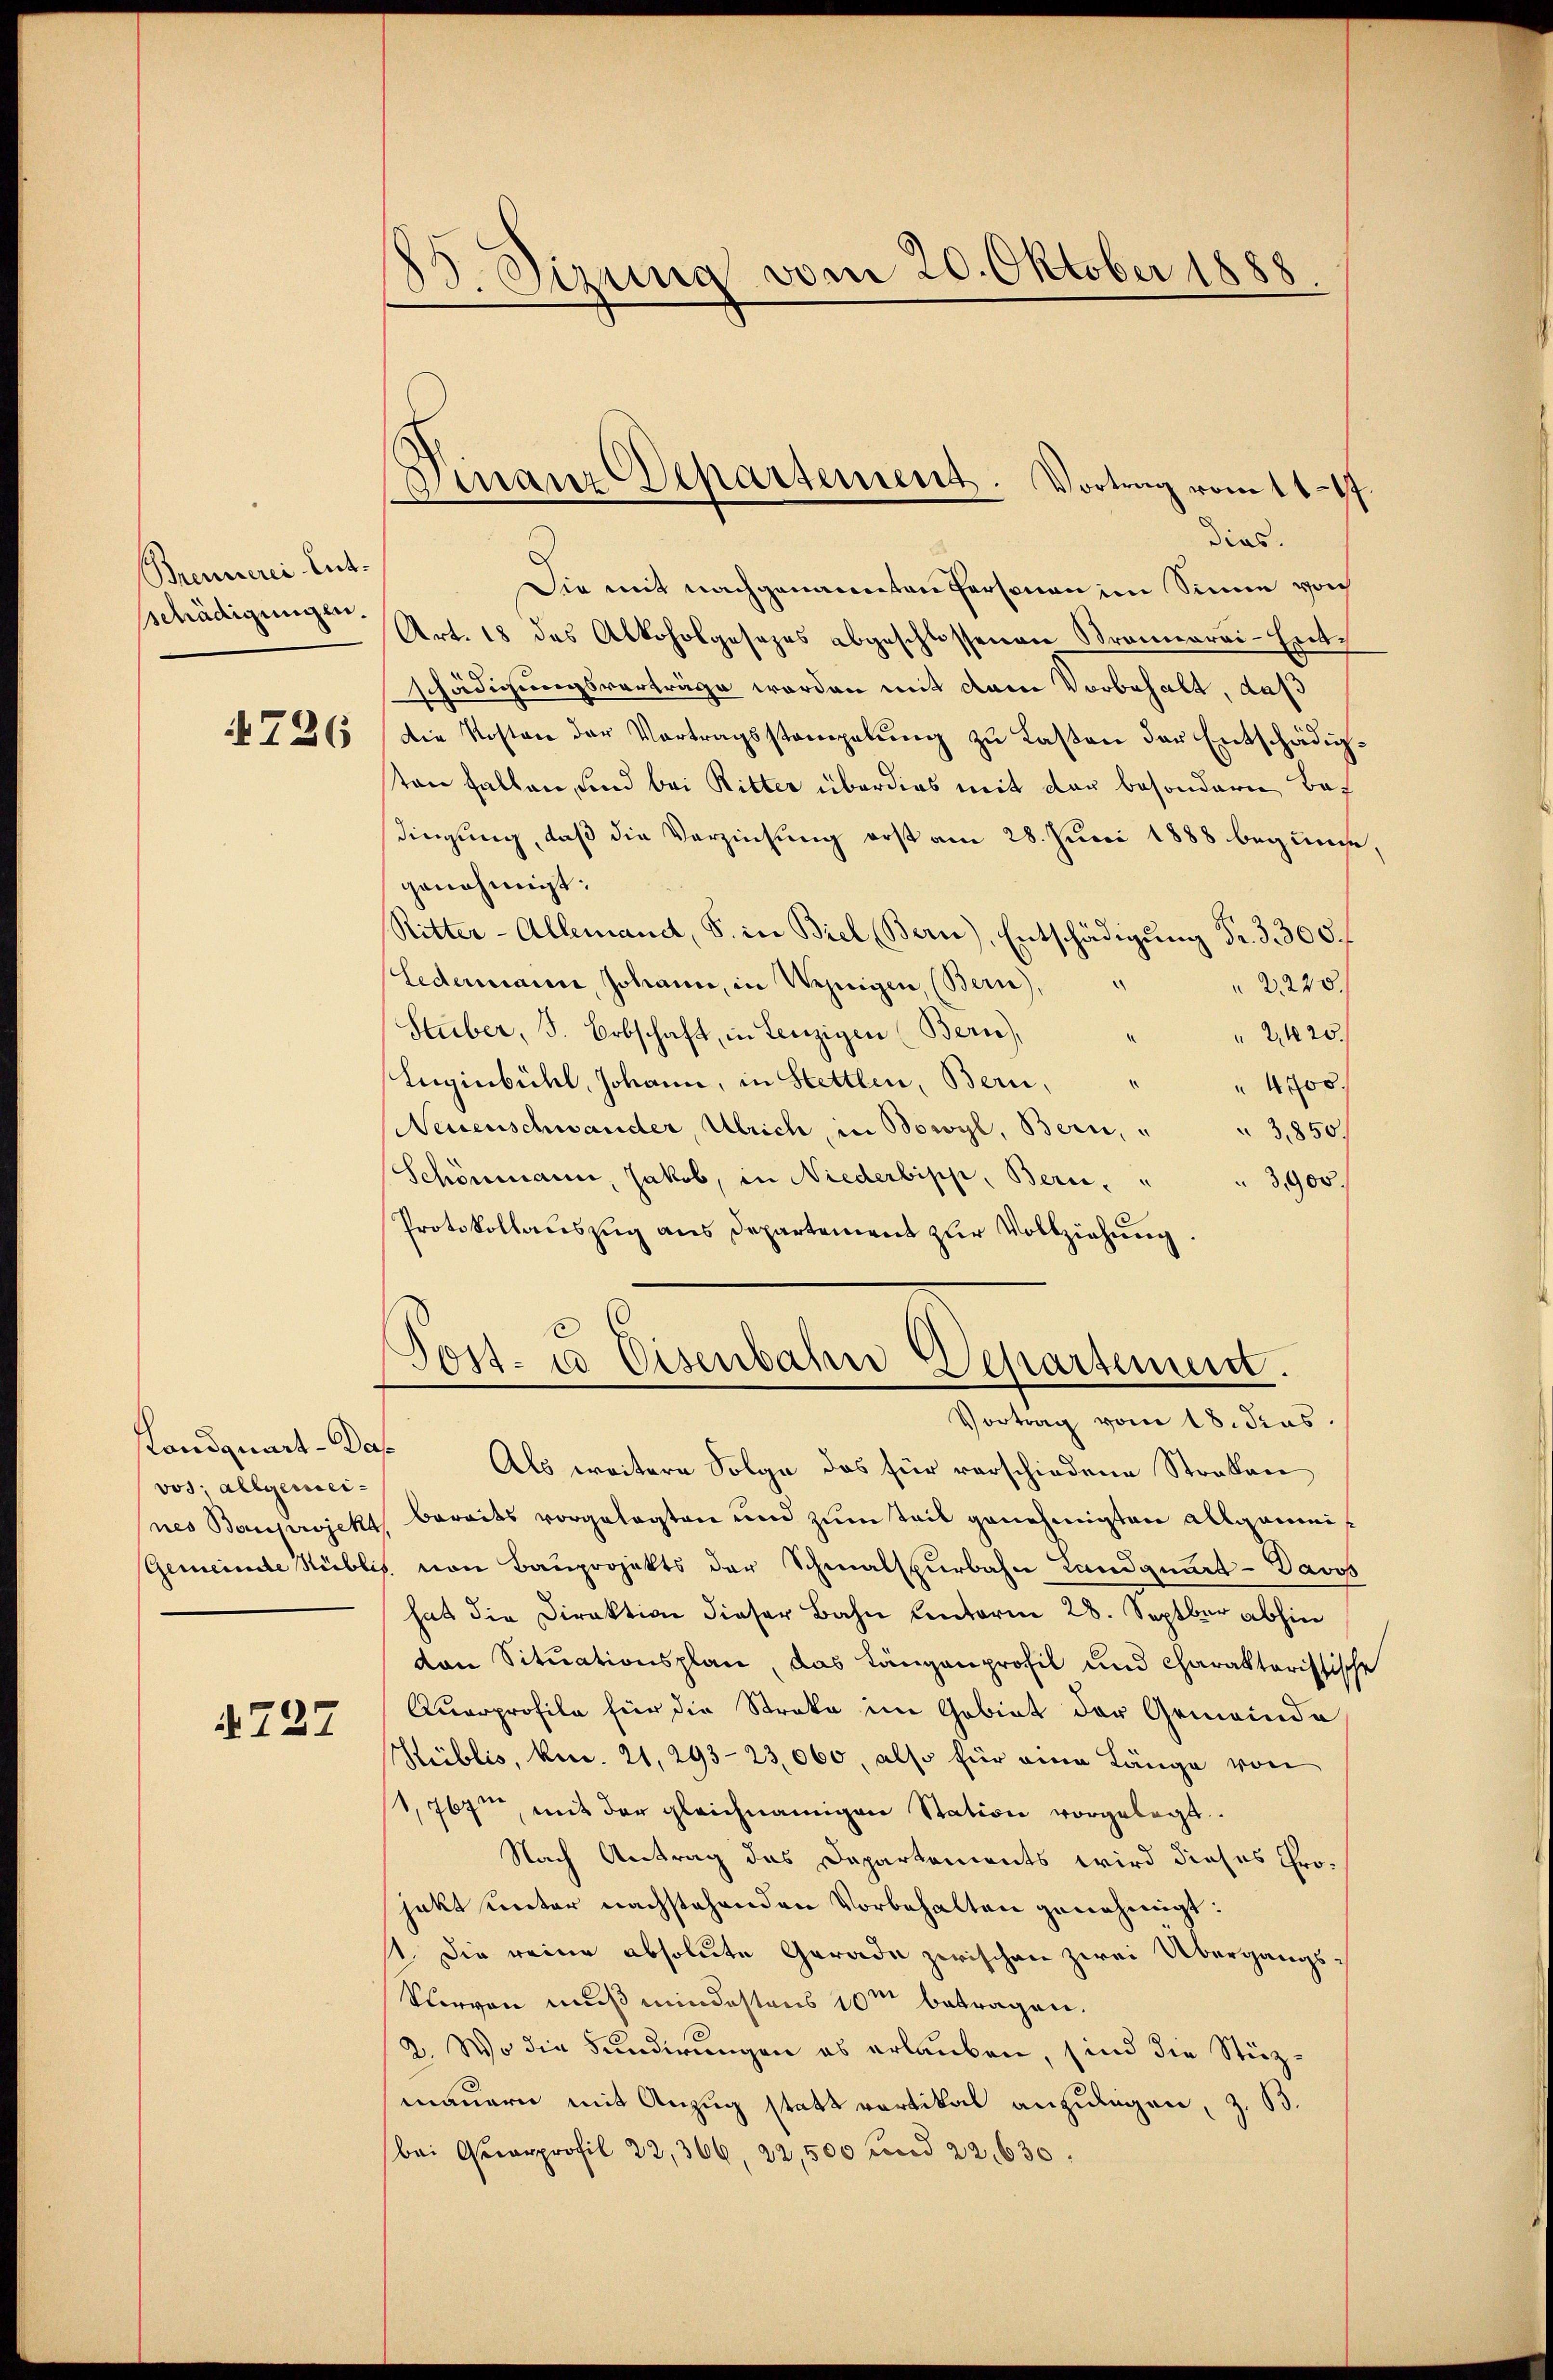
Brennerei Entschädigungen.

4726

Kandquart - Das
vos; allgemei¬

737

83. Sizung vom 20. Oktober 1888.

dias.
Die mit nachgenomenten Personen im Sinne von
Art. 18 des Alkoholgesezes abgeschlossenen Strannerei-Exec
schädigungsvorträge worden mit dem Vorbehalt, daß
Die Kosten der Vortragsstampelung zu Lasten der Entschädigten fallen, sind bei Ritter überdies mit der besondere Bef
dingung, daß die Verzinsung erst am 28. Juni 1888 beginne,
genehmigt:
Ritter-Allemandt, S. in Biel (Bern), Entschädigung Fr. 3. 305 f
Ledermann, Johann, in Wenigen, (Bern),
2220.
Stuber, J. Erbschaft, in Lenzigen (Bern) " " 2420.
Eugenbühl, Johann, in Stettlen, Bern,
4 x
Neuenschwander, Ulrich, in Bowyl, Bern, " " 3,850.
Schönmann, Jakob, in Niederbipp, Bern, " " 3,900.
Protokollauszug aus Departement zur Vollziehung
.
Post- u Eisenbahn Departement.
.
Vortrag vom 18. dies
Als weitere Folge das für verschiedene Straban
nes Bauprojekt, bereits vorgelegten und zum Teil genehmigten allgaunis
Gemeinde Rüblis. von Bauprojekts der Schmalspurbahn Landgunt-Davos
hat die Direktion dieser Bahn Centerm 28. Septbr abhin
von Situationsplan, das Längenprofil und charakteristische
Querprofile für die Streke im Gebiet der Gemeinde
Heiblis, ken. 21, 293-23,000, also für eine Länge von
1,767t, mit der gleichnamigen Station vorgelegt.
Nach Antrag des Departements wird dieses Grojekt unter nachstehenden Vorbehalten genehmigt:
1. Die reine absolute Gerade zwischen zwei Übergangs¬
Surven muß mindestens 10m betragen.
2. Wo die Fundirungen es erlauben, sind die Stüzmauern mit Anzug statt partikal anzulegen, z. B.
bei Quarprofil 22,366, 22,500 und 22, 630.

Finanz Departement. Vortrag vom 11. 47.